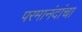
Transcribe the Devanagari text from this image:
परमानंदांचा